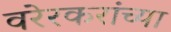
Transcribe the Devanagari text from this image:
वरेरकरांच्या